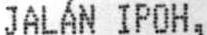
JALAN IPOH,